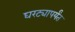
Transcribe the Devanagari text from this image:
घरट्यापर्यंत